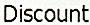
DISCOUNT